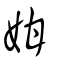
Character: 姏